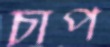
চাপ